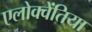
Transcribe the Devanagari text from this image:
एलोक्वेंतिया